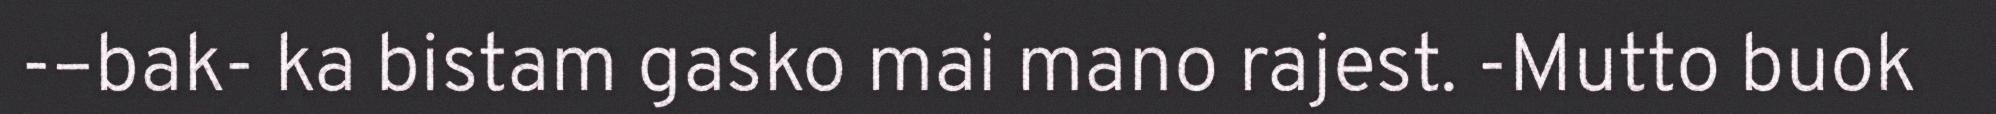
-–bak- ka bistam gasko mai mano rajest. -Mutto buok